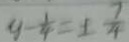
y - \frac { 1 } { 4 } = \pm \frac { 7 } { 4 }